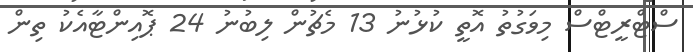
ސްޓްރީޓްސް މިވަގުތު އޮތީ ކުޅުނު 13 މެޗުން ލިބުނު 24 ޕޮއިންޓާއެކު ތިން